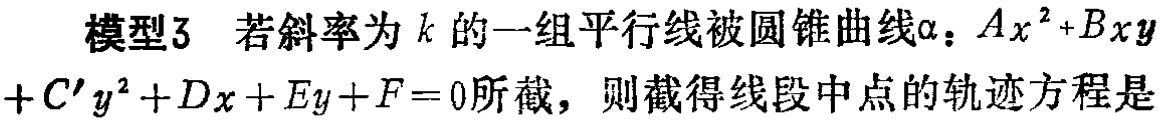
模型3 若斜率为 \(k\) 的一组平行线被圆锥曲线\(\alpha\)：\(Ax^{2}+Bxy + C'y^{2}+Dx + Ey+F = 0\)所截，则截得线段中点的轨迹方程是